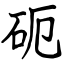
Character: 砈